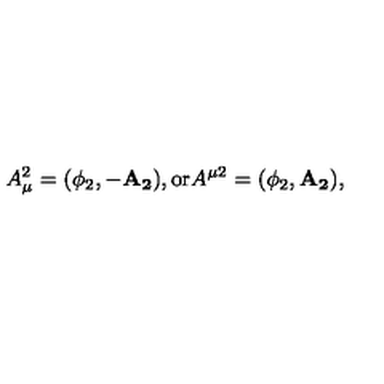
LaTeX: A _ { \mu } ^ { 2 } = ( \phi _ { 2 } , - \mathbf { A _ { 2 } } ) , \mathrm { o r } A ^ { \mu 2 } = ( \phi _ { 2 } , \mathbf { A _ { 2 } } ) ,